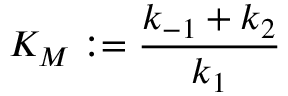
K _ { M } : = \frac { k _ { - 1 } + k _ { 2 } } { k _ { 1 } }